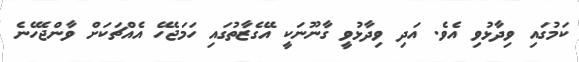
ކަމުގައި ވިދާޅުވި އެވެ. އަދި ވިދާޅުވީ ގާނޫނަކީ އޭގެޒާތުގައި ހަމަޖެހޭ އެއްޗަކަށް ވާންޖެހޭނެ